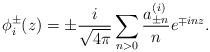
LaTeX: \begin{align*}\phi_i^{\pm}(z)= \pm \frac{i}{\sqrt{4\pi}}\sum_{n>0}\frac{a_{\pm n}^{(i)}}{n}e^{\mp inz}.\end{align*}